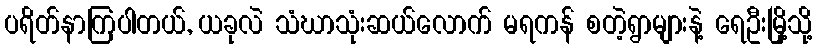
ပရိတ်နာကြပါတယ်, ယခုလဲ သံဃာသုံးဆယ်လောက် မရကန် စတဲ့ရွာများနဲ့ ရေဦးမြို့သို့